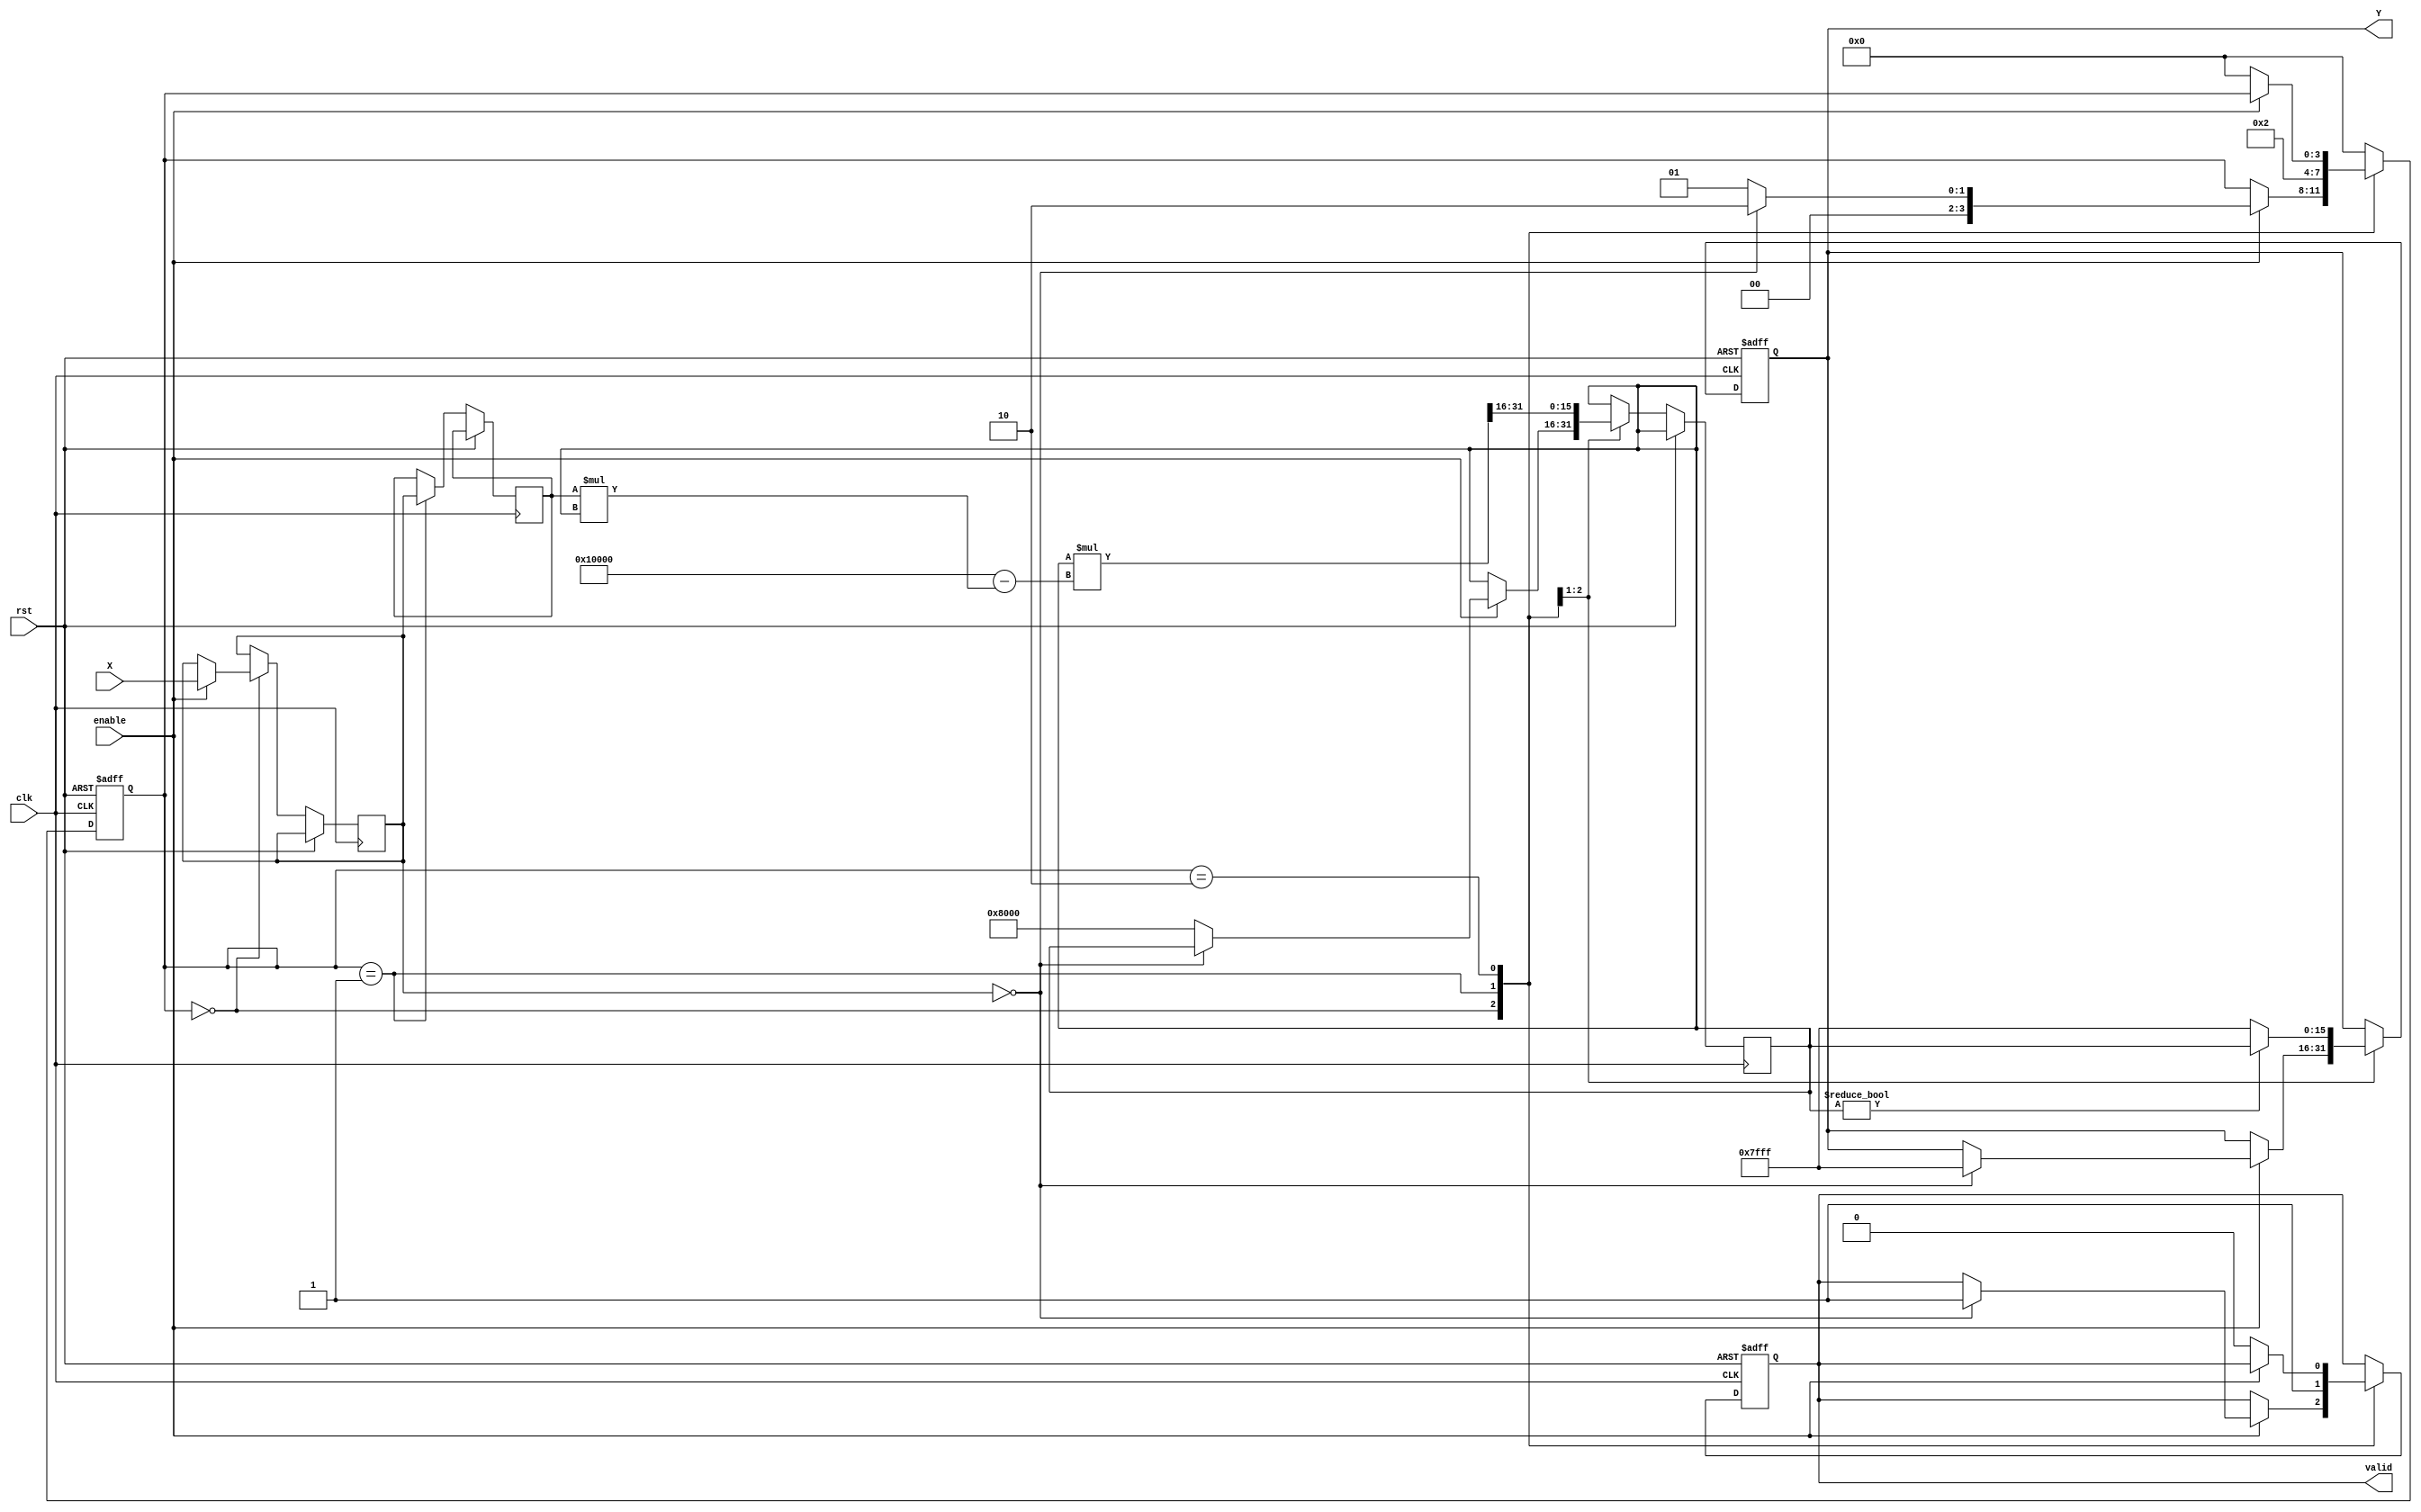
module binary_fractional_reciprocal #(
    parameter N = 16, // Total number of bits (including integer and fractional parts)
    parameter MAX_VALUE = (1 << (N - 1)) - 1 // Maximum value for N bits
)(
    input wire clk,
    input wire rst,
    input wire enable,
    input wire [N-1:0] X, // Input data
    output reg [N-1:0] Y, // Output data
    output reg valid // Output valid signal
);

    reg [N-1:0] approx; // Approximation of the reciprocal
    reg [N-1:0] X_inv; // Inverse of X
    reg [3:0] state; // State variable for FSM
    reg [N-1:0] X_reg; // Registered input

    localparam IDLE = 4'b0000,
               CALC = 4'b0001,
               DONE = 4'b0010;

    // Initial state
    initial begin
        Y = 0;
        valid = 0;
        state = IDLE;
    end

    always @(posedge clk or posedge rst) begin
        if (rst) begin
            Y <= 0;
            valid <= 0;
            state <= IDLE;
        end else begin
            case (state)
                IDLE: begin
                    if (enable) begin
                        X_reg <= X;
                        if (X_reg == 0) begin
                            Y <= MAX_VALUE; // Handle division by zero
                            valid <= 1;
                            state <= DONE;
                        end else begin
                            approx <= (1 << (N-1)); // Initial approximation (1.0 in fixed-point)
                            state <= CALC;
                        end
                    end
                end

                CALC: begin
                    // Newton-Raphson iteration: approx = approx * (2 - X * approx)
                    X_inv <= X_reg;
                    approx <= approx * (2**N - X_inv * approx) >> N; // Shift right for fixed-point scaling
                    if (approx != 0) begin
                        Y <= approx;
                        valid <= 1;
                        state <= DONE;
                    end else begin
                        Y <= MAX_VALUE; // Handle very small X
                        valid <= 1;
                        state <= DONE;
                    end
                end

                DONE: begin
                    if (!enable) begin
                        valid <= 0;
                        state <= IDLE;
                    end
                end

                default: state <= IDLE;
            endcase
        end
    end
endmodule